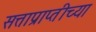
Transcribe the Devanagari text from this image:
सत्ताप्राप्तीच्या